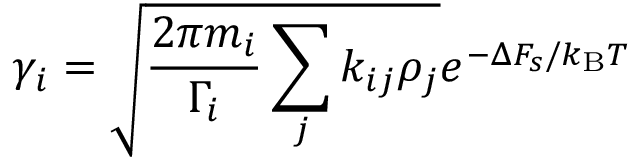
\gamma _ { i } = \sqrt { \frac { 2 \pi m _ { i } } { \Gamma _ { i } } \sum _ { j } k _ { i j } \rho _ { j } } e ^ { - \Delta F _ { s } / k _ { \mathrm { B } } T }